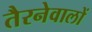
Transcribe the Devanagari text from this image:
तैरनेवालों